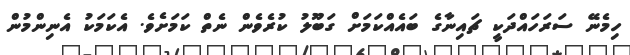
ހިމެނޭ ސަރަހައްދަކީ ޗައިނާގެ ބައެއްކަމަށް ގަބޫލު ކުރެވެން ނެތް ކަމަށެވެ. އެކަމަކު އެނިންމުން